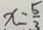
x = \frac { 5 } { 3 }